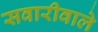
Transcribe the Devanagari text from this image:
सवारीवाले